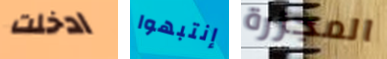
ادخلت إنتبهوا المجزرة